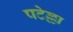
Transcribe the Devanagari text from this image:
पटेल्ला